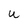
Character: U